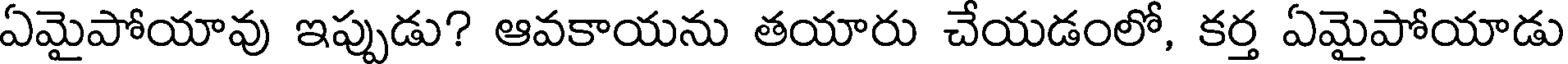
ఏమైపోయావు ఇప్పుడు? ఆవకాయను తయారు చేయడంలో, కర్త ఏమైపోయాడు